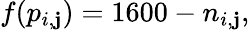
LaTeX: f(p_{i,\mathbf{j}})=1600-n_{i,\mathbf{j}},